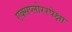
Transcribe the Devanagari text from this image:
एक्सप्लोररपेक्षा